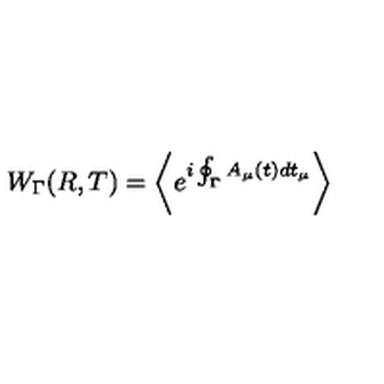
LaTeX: W _ { \Gamma } ( R , T ) = \left\langle e ^ { i \oint _ { \Gamma } A _ { \mu } ( t ) d t _ { \mu } } \right\rangle